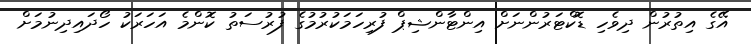
އޭގެ އިތުރުން ދިވެހި ޑޮކްޓަރުންނަށް އިންޓާންޝިޕް ފުރިހަމަކުރުމުގެ ފުރުސަތު ކޮންމެ އަހަރަކު ހޯދައިދިނުމަށް